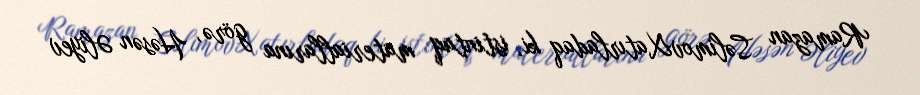
Ramazan SəlimovXatırladaq ki, istintaq materiallarına görə, Həsən Əliyev